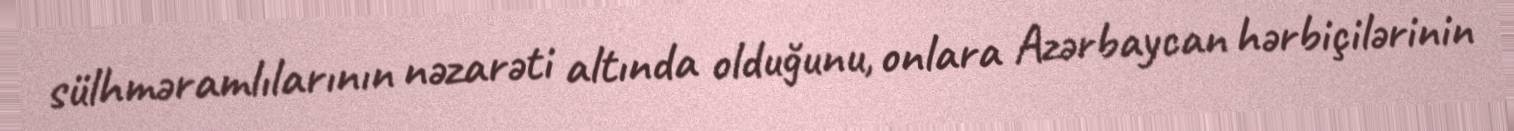
sülhməramlılarının nəzarəti altında olduğunu, onlara Azərbaycan hərbiçilərinin